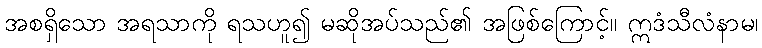
အစရှိသော အရသာကို ရသဟူ၍ မဆိုအပ်သည်၏ အဖြစ်ကြောင့်။ ဣဒံသီလံနာမ၊